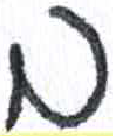
אות: ב